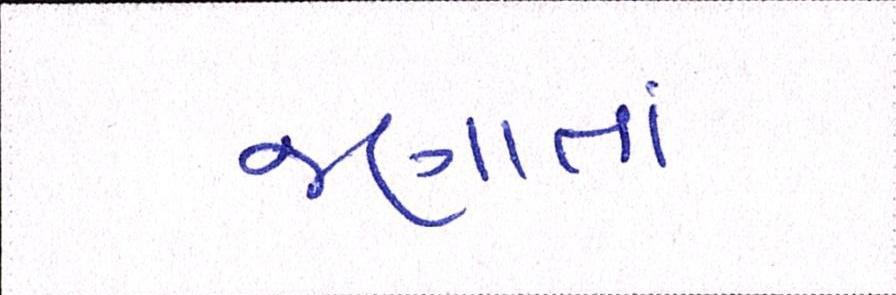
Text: જણાતાં